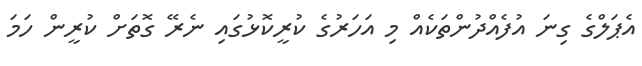
އެޕަލްގެ ގިނަ އުފެއްދުންތަކެއް މި އަހަރުގެ ކުރީކޮޅުގައި ނެރޭ ގޮތަށް ކުރީން ހަމަ